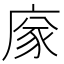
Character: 𢉭